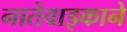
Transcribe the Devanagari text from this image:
नातेवाइकाने